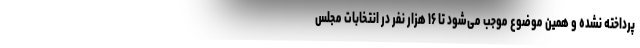
پرداخته نشده و همین موضوع موجب می‌شود تا ۱۶ هزار نفر در انتخابات مجلس